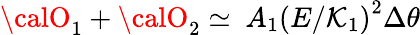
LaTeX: {\calO}_{1}+{\calO}_{2}\simeq\ A_{1}\left(E/\mathcal{K}_{1}\right)^{2}\Delta\theta